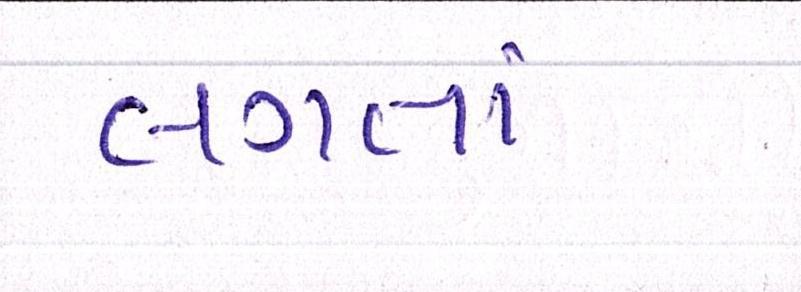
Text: લગતાં